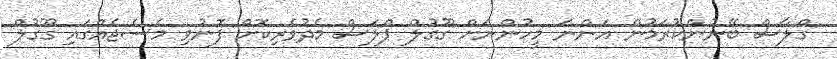
ގްލާސް ބޭނުންކުރަމުން އަންނަ މީހުންނަށް ގޫގުލް ޕްލަސް މެދުވެރިކޮށް ފޮނުވި މެސެޖެއްގައި ގޫގުލް